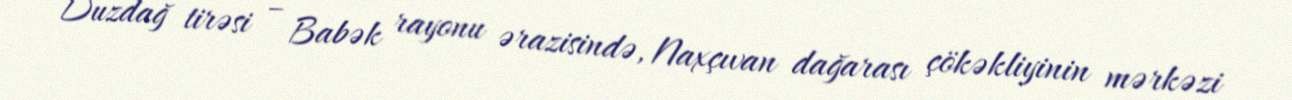
Duzdağ tirəsi – Babək rayonu ərazisində, Naxçıvan dağarası çökəkliyinin mərkəzi